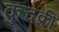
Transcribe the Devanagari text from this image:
कुचक्री